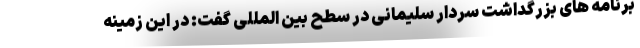
برنامه های بزرگداشت سردار سلیمانی در سطح بین المللی گفت: در این زمینه